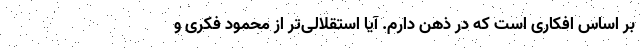
بر اساس افکاری است که در ذهن دارم. آیا استقلالی‌تر از محمود فکری و